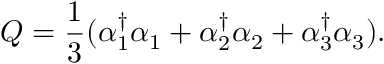
Q = \frac { 1 } { 3 } ( \alpha _ { 1 } ^ { \dagger } \alpha _ { 1 } + \alpha _ { 2 } ^ { \dagger } \alpha _ { 2 } + \alpha _ { 3 } ^ { \dagger } \alpha _ { 3 } ) .